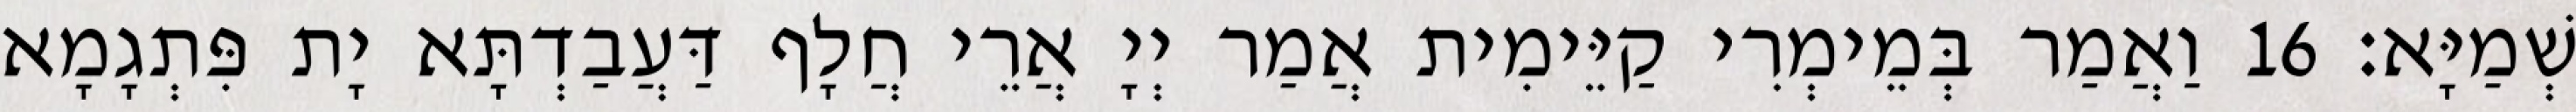
שְׁמַיָּא׃ 16 וַאֲמַר בְּמֵימְרִי קַיֵּימִית אֲמַר יְיָ אֲרֵי חֲלָף דַּעֲבַדְתָּא יָת פִּתְגָמָא